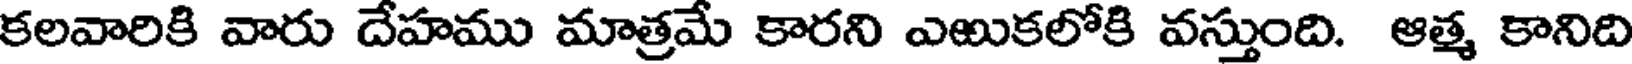
కలవారికి వారు దేహము మాత్రమే కారని ఎఱుకలోకి వస్తుంది. ఆత్మ కానిది